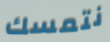
نتمسك